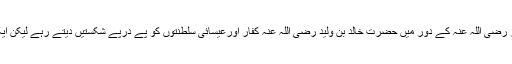
اس کا مکمل واقعہ کچھ یوں ہے کہ حضرت عمر رضی اللہ عنہ کے دور میں حضرت خالد بن ولید رضی اللہ عنہ کفار اورعیسائی سلطنتوں کو پے درپے شکستیں دیتے رہے لیکن ایک شہر حیرہ کی فتح کا معاملہ کچھ طول پکڑگیا۔